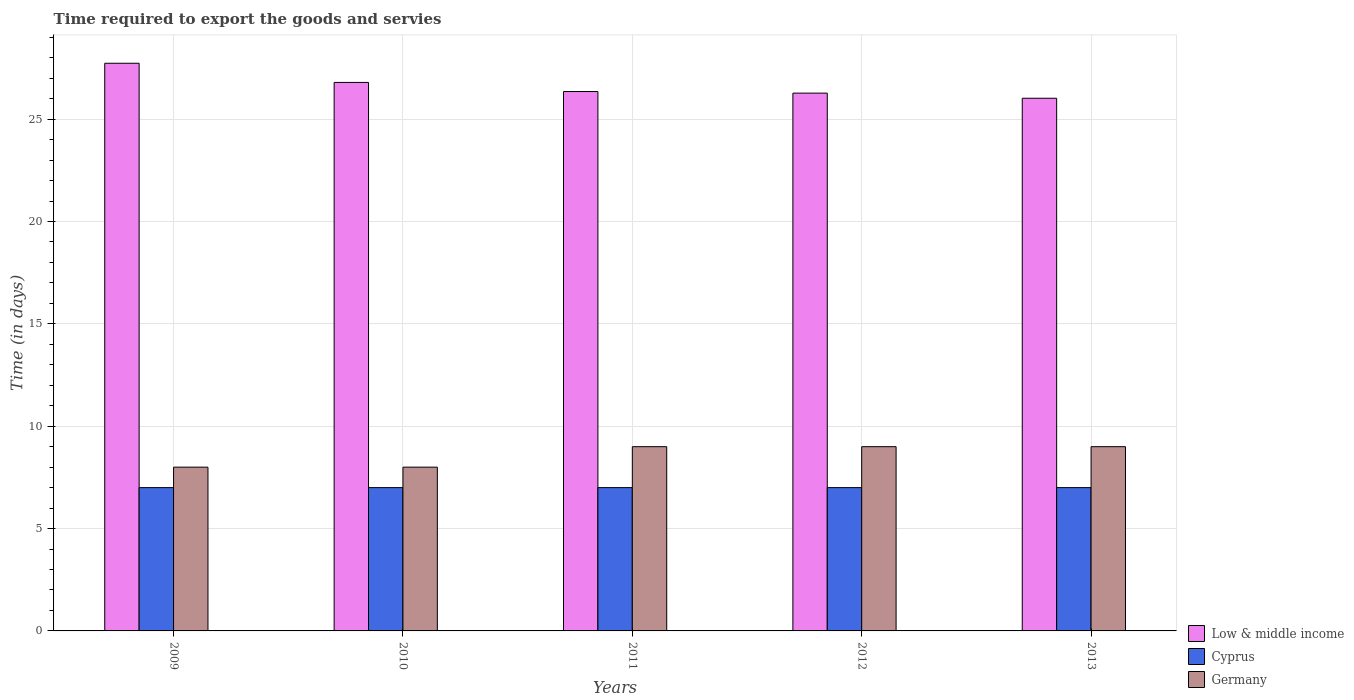
| Years | Low & middle income | Cyprus | Germany |
 | --- | --- | --- | --- |
 | 2009 | 27.7 | 7 | 8 |
 | 2010 | 26.8 | 7 | 8 |
 | 2011 | 26.3 | 7 | 9 |
 | 2012 | 26.3 | 7 | 9 |
 | 2013 | 26 | 7 | 9 |